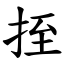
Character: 挃